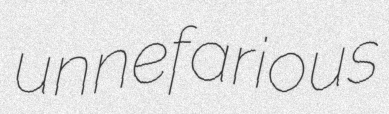
unnefarious